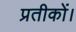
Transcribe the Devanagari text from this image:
प्रतीकों।